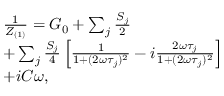
\centering \begin{array} { r l } & { \frac { 1 } { Z _ { ( 1 ) } } = G _ { 0 } + \sum _ { j } \frac { S _ { j } } { 2 } } \\ & { + \sum _ { j } \frac { S _ { j } } { 4 } \left[ \frac { 1 } { 1 + ( 2 \omega \tau _ { j } ) ^ { 2 } } - i \frac { 2 \omega \tau _ { j } } { 1 + ( 2 \omega \tau _ { j } ) ^ { 2 } } \right] } \\ & { + i C \omega , } \end{array}